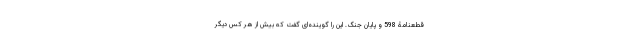
قطعنامۀ 598 و پایان جنگ. این را گوینده‌ای گفت که بیش از هر کس دیگر